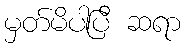
မှတ်မိပါပြီ ဆရာ